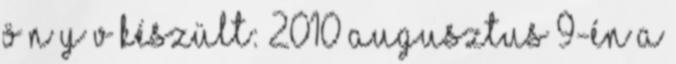
Ö N Y V KÉSZÜLT: 2010 augusztus 9-én a